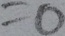
= 0